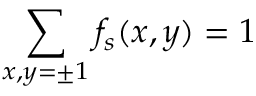
\sum _ { x , y = \pm 1 } f _ { s } ( x , y ) = 1